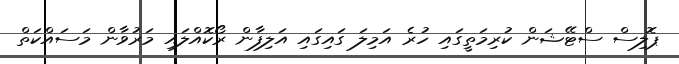
ޕޮލިސް ސްޓޭޝަން ކުރިމަތީގައި ހުރެ އަމިލަ ގައިގައި އަލިފާން ރޯކޮއްލައި މަރުވާން މަސައްކަތް